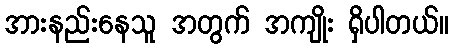
အားနည်းနေသူ အတွက် အကျိုး ရှိပါတယ်။